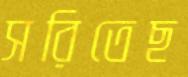
সরিতেছ